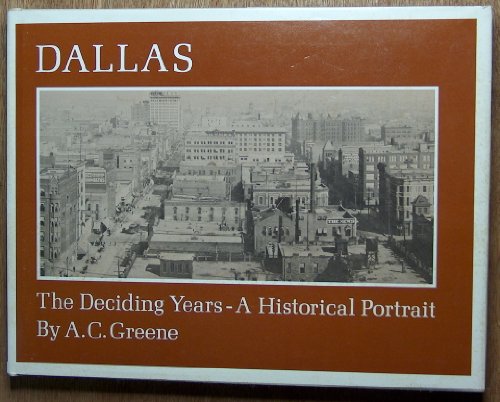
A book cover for Dallas: The Deciding Years; A.C., Illustrated by ANCEL NUNN GREENE; Travel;